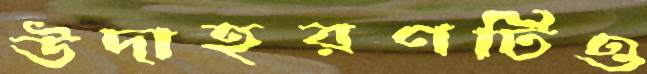
উদাহরণটিও